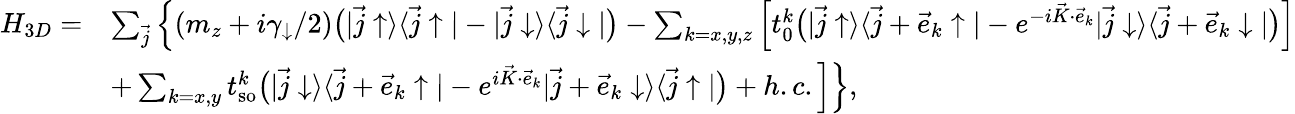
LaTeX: \begin{array}{rl}{H_{3D}=}&{\sum_{\vec{j}}\Big\{ (m_{z}+i\gamma_{\downarrow}/2)\bigr(|\vec{j}\uparrow\rangle\langle\vec{j}\uparrow|-|\vec{j}\downarrow\rangle\langle\vec{j}\downarrow|\bigr)-\sum_{k=x,y,z}\Big[t_{0}^{k}\bigr(|\vec{j}\uparrow\rangle\langle\vec{j}+\vec{e}_{k}\uparrow|-e^{-i\vec{K}\cdot\vec{e}_{k}}|\vec{j}\downarrow\rangle\langle\vec{j}+\vec{e}_{k}\downarrow|\bigr)\Big]}\\ &{+\sum_{k=x,y}t_{\mathrm{so}}^{k}\bigr(|\vec{j}\downarrow\rangle\langle\vec{j}+\vec{e}_{k}\uparrow|-e^{i\vec{K}\cdot\vec{e}_{k}}|\vec{j}+\vec{e}_{k}\downarrow\rangle\langle\vec{j}\uparrow|\bigr)+h.c.\Big]\Big\} ,}\end{array}